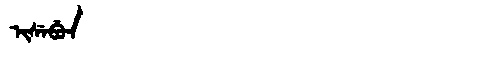
Manchu: ᡳᠰᡝᠪᡠᠨ
Romanization: ISEBUN